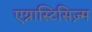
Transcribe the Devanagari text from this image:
एग्नास्टिसिज़्म